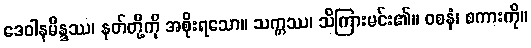
ဒေဝါနမိန္ဒဿ၊ နတ်တို့ကို အစိုးရသော။ သက္ကဿ၊ သိကြားမင်း၏။ ဝစနံ၊ စကားကို။